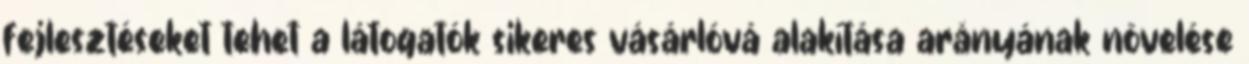
fejlesztéseket tehet a látogatók sikeres vásárlóvá alakítása arányának növelése